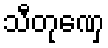
သီတုဏှေ